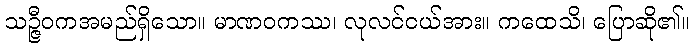
သဉ္ဇီဝကအမည်ရှိသော။ မာဏဝကဿ၊ လုလင်ငယ်အား။ ကထေသိ၊ ပြောဆို၏။